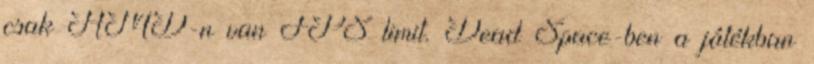
csak AMD-n van FPS limit. Dead Space-ben a játékban